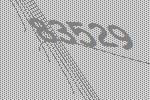
83529